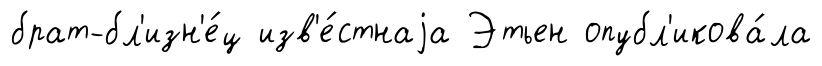
брат-бл'изн'е́ц изв'е́стнаjа Этьен опубл'икова́ла